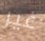
غير